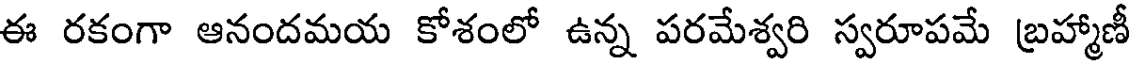
ఈ రకంగా ఆనందమయ కోశంలో ఉన్న పరమేశ్వరి స్వరూపమే బ్రహ్మాణీ